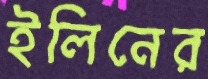
ইলিনের